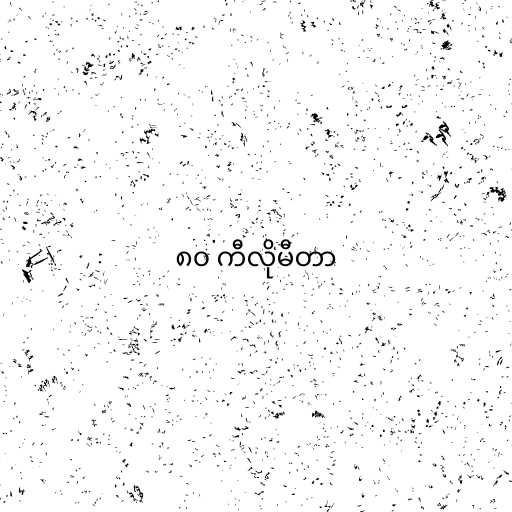
၈၀ ကီလိုမီတာ